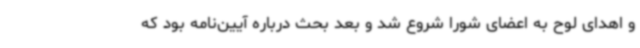
و اهدای لوح به اعضای شورا شروع شد و بعد بحث درباره آیین‌نامه بود که